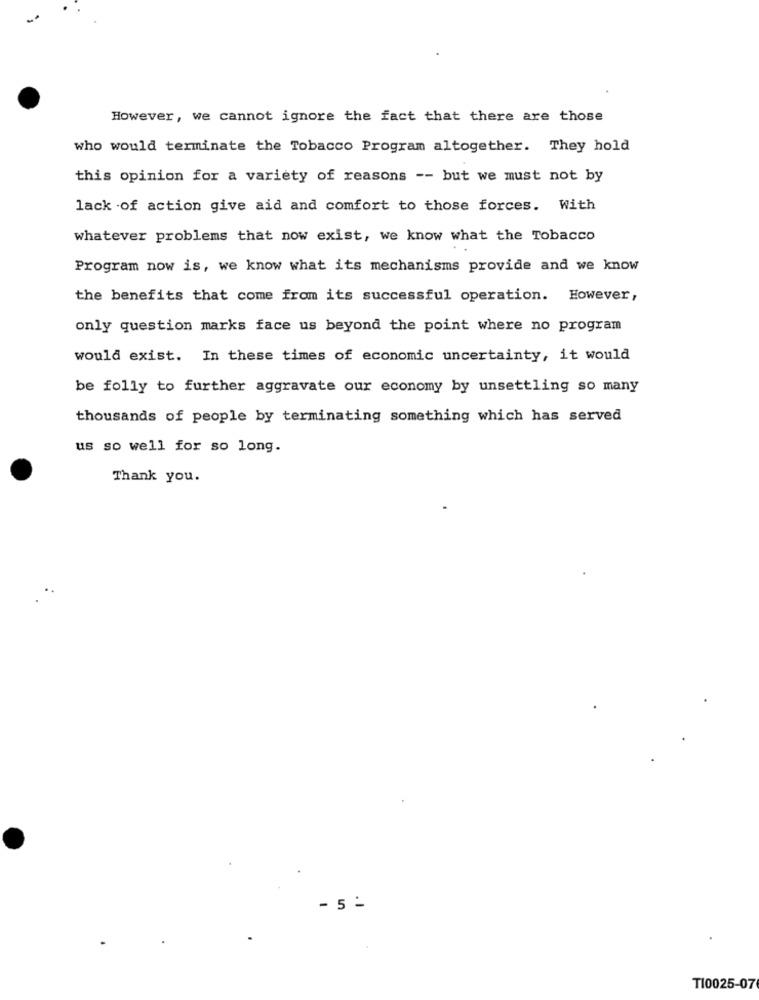
However, we cannot ignore the fact that there are those
who would terminate the Tobacco Program altogether. They hold
this opinion for a variety of reasons -- but we must not by
lack of action give aid and comfort to those forces. With
whatever problems that now exist, we know what the Tobacco
Program now is, we know what its mechanisms provide and we know
the benefits that come from its successful operation. However,
only question marks face us beyond the point where no program
would exist. In these times of economic uncertainty, it would
be folly to further aggravate our economy by unsettling so many
thousands of people by terminating something which has served
us so well for so long.
Thank you.
- 5 -
TI0025-07